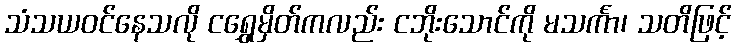
သံသယဝင်နေသလို ငရွှေမှိတ်ကလည်း ငဘိုးသောင်ကို မသင်္ကာ၊ သတိဖြင့်